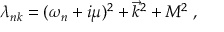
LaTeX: \lambda _ { n k } = ( \omega _ { n } + i \mu ) ^ { 2 } + \vec { k } ^ { 2 } + M ^ { 2 } \; ,